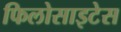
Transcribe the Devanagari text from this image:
फिलोसाइटेस